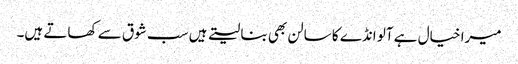
میرا خیال ہے آلو انڈے کا سالن بھی بنا لیتے ہیں سب شوق سے کھاتے ہیں۔